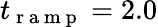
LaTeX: t_{\mathrm{~r~a~m~p~}}=2.0